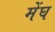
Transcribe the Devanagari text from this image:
मेंघ